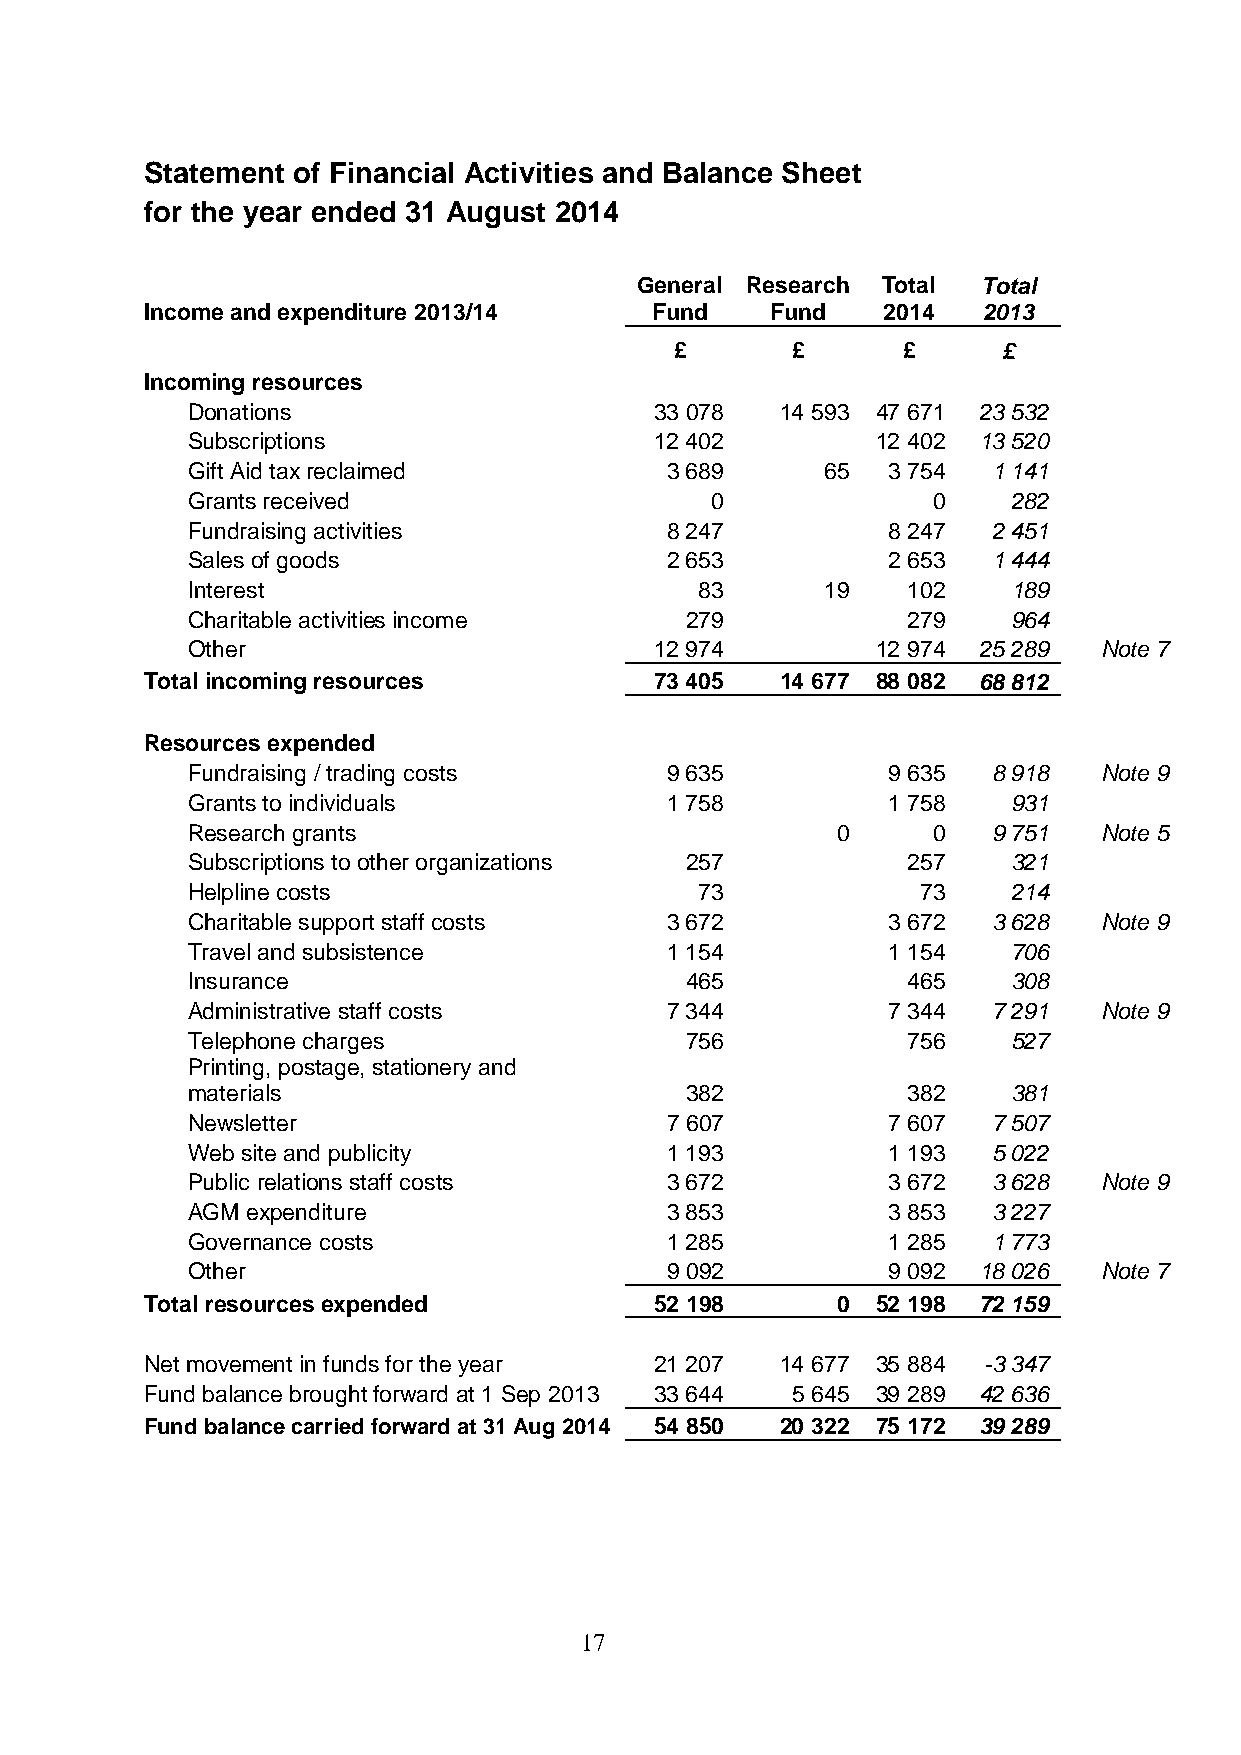
Statement of Financial Activities and Balance Sheet
 for the year ended 31 August 2014
 General Research Total Total
 Income and expenditure 2013/14   Fund    Fund   2014   2013
 £      £       £     £
 Incoming resources
 Donations                      33 078   14 593 47 671 23 532
 Subscriptions                  12 402         12 402 13 520
 Gift Aid tax reclaimed          3 689      65  3 754  1 141
 Grants received                    0              0    282
 Fundraising activities          8 247          8 247  2 451
 Sales of goods                  2 653          2 653  1 444
 Interest                          83       19   102    189
 Charitable activities income     279            279    964
 Other                          12 974         12 974 25 289  Note 7
 Total incoming resources         73 405   14 677 88 082 68 812
 Resources expended
 Fundraising / trading costs     9 635          9 635  8 918  Note 9
 Grants to individuals           1 758          1 758   931
 Research grants                            0      0   9 751  Note 5
 Subscriptions to other organizations 257        257    321
 Helpline costs                    73             73    214
 Charitable support staff costs  3 672          3 672  3 628  Note 9
 Travel and subsistence          1 154          1 154   706
 Insurance                        465            465    308
 Administrative staff costs      7 344          7 344  7 291  Note 9
 Telephone charges                756            756    527
 Printing, postage, stationery and
 materials                        382            382    381
 Newsletter                      7 607          7 607  7 507
 Web site and publicity          1 193          1 193  5 022
 Public relations staff costs    3 672          3 672  3 628  Note 9
 AGM expenditure                 3 853          3 853  3 227
 Governance costs                1 285          1 285  1 773
 Other                           9 092          9 092 18 026  Note 7
 Total resources expended         52 198      0  52 198 72 159
 Net movement in funds for the year 21 207 14 677 35 884 -3 347
 Fund balance brought forward at 1 Sep 2013 33 644 5 645 39 289 42 636
 Fund balance carried forward at 31 Aug 2014 54 850 20 322 75 172 39 289
 17